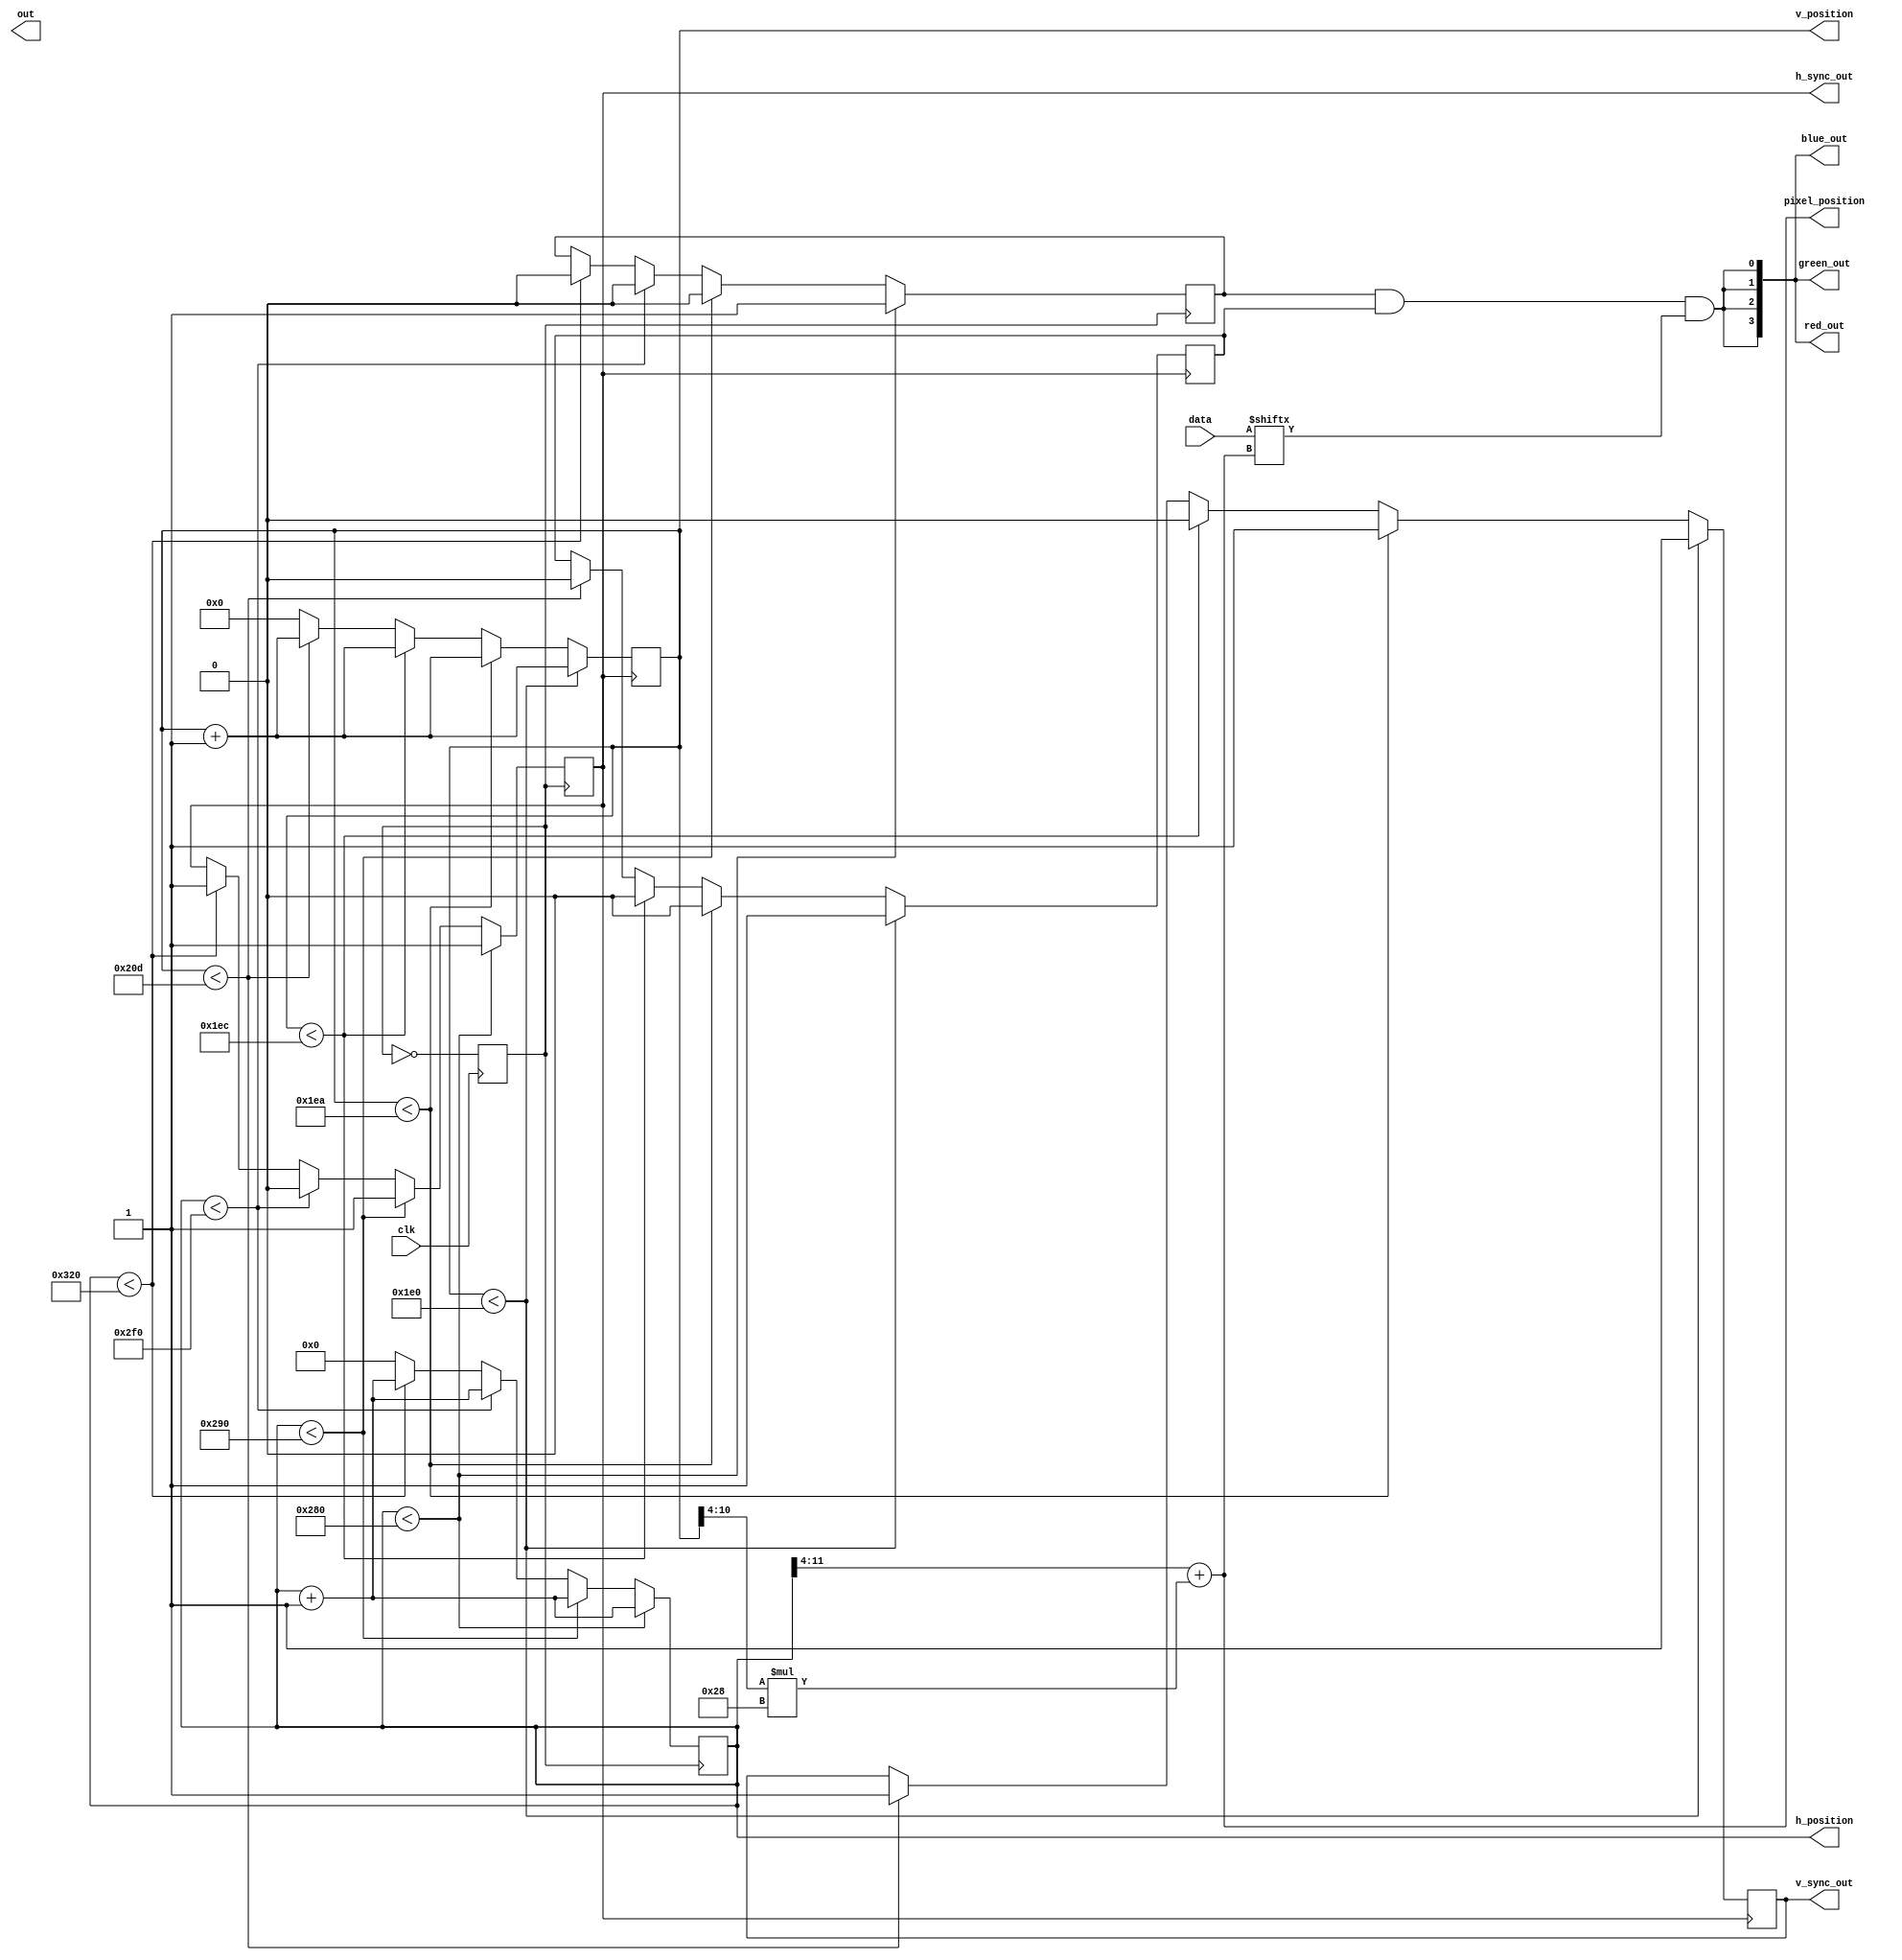
module VGA(clk, data, red_out, green_out, blue_out, h_sync_out, v_sync_out, h_position, v_position, pixel_position, out);

    input clk;
    input [1199:0] data;
    output [3:0] red_out, green_out, blue_out;
    output reg h_sync_out, v_sync_out, out;

    // Sync signals looks like this
    //
    // ------\   /--------------------------------------\   /-----------------
    // H_SYNC|   |                                      |   |
    //       \---/                                      \---/
    //                  /----------------------\                    /---------
    // Data             |                      |                    |
    // -----------------+----------------------+--------------------+---------
    //       |===|======|======================|========|===|=======|=========
    //       Sync  Back |   Display Interval     Front  Sync  Back  |Display
    //             porch|                        porch        porch |Interval
    //==================|===========================================|=========
    //Prev. Line                  Current Line                       Next Line

    // Timing for horizontal sync in 50MHz cycles
    //parameter H_DISPLAY_INTERVAL = 1270; // 25.4us
    //parameter H_FRONT_PORCH = 30; // 0.6us
    //parameter H_SYNC = 190; // 2.8us
    //parameter H_BACK_PORCH = 95; // 1.9us

    parameter H_DISPLAY_INTERVAL = 640; // 25.4us
    parameter H_FRONT_PORCH = 16; // 0.6us
    parameter H_SYNC = 96; // 2.8us
    parameter H_BACK_PORCH = 48; // 1.9us

    // Timing for vertical sync in lines
    parameter V_DISPLAY_INTERVAL = 480;
    parameter V_FRONT_PORCH = 10;
    parameter V_SYNC = 2;
    parameter V_BACK_PORCH = 33;

    reg pixel_clock;
    output reg [11:0] h_position;
    output reg [10:0] v_position;

    reg h_pixel_enable;
    reg v_pixel_enable;

    // Max at 1200
    output [10:0] pixel_position;

    assign pixel_position = (h_position >> 4) + ((v_position >> 4) * 40);

    initial begin
        //red_out <= 4'b0000;
        //green_out <= 4'b0000;
        //blue_out <= 4'b0000;
        h_sync_out <= 1'b1;
        v_sync_out <= 1'b1;
        pixel_clock <= 1'b0;
        h_position <= 11'd0;
        v_position <= 10'd0;
        h_pixel_enable <= 1'b0;
        v_pixel_enable <= 1'b0;
    end

    // 25MHz Pixel clock
    always @(posedge clk) begin
        pixel_clock <= ~pixel_clock;
    end

    // Horizontal sync
    always @(posedge pixel_clock) begin
        if (h_position < H_DISPLAY_INTERVAL) begin
            h_sync_out <= 1'b1;
            h_pixel_enable <= 1'b1;
            h_position <= h_position + 1'b1;
        end else if (h_position < H_DISPLAY_INTERVAL + H_FRONT_PORCH) begin
            h_sync_out <= 1'b1;
            h_pixel_enable <= 1'b0;
            h_position <= h_position + 1'b1;
        end else if (h_position < H_DISPLAY_INTERVAL + H_FRONT_PORCH + H_SYNC) begin
            h_sync_out <= 1'b0;
            h_pixel_enable <= 1'b0;
            h_position <= h_position + 1'b1;
        end else if (h_position < H_DISPLAY_INTERVAL + H_FRONT_PORCH + H_SYNC + H_BACK_PORCH) begin
            h_sync_out <= 1'b1;
            h_pixel_enable <= 1'b0;
            h_position <= h_position + 1'b1;
        end else begin
            h_position <= 1'b0;
        end
    end

    // Vertical sync
    always @(posedge h_sync_out) begin
        if (v_position < V_DISPLAY_INTERVAL) begin
            v_sync_out <= 1'b1;
            v_pixel_enable <= 1'b1;
            v_position <= v_position + 1'b1;
        end else if (v_position < V_DISPLAY_INTERVAL + V_FRONT_PORCH) begin
            v_sync_out <= 1'b1;
            v_pixel_enable <= 1'b0;
            v_position <= v_position + 1'b1;
        end else if (v_position < V_DISPLAY_INTERVAL + V_FRONT_PORCH + V_SYNC) begin
            v_sync_out <= 1'b0;
            v_pixel_enable <= 1'b0;
            v_position <= v_position + 1'b1;
        end else if (v_position < V_DISPLAY_INTERVAL + V_FRONT_PORCH + V_SYNC + V_BACK_PORCH) begin
            v_sync_out <= 1'b1;
            v_pixel_enable <= 1'b0;
            v_position <= v_position + 1'b1;
        end else begin
            v_position <= 1'b0;
        end
    end

    // Pixel color outputs
    assign red_out[3] = h_pixel_enable & v_pixel_enable & data[pixel_position];
    assign red_out[2] = h_pixel_enable & v_pixel_enable & data[pixel_position];
    assign red_out[1] = h_pixel_enable & v_pixel_enable & data[pixel_position];
    assign red_out[0] = h_pixel_enable & v_pixel_enable & data[pixel_position];
    assign green_out[3] = h_pixel_enable & v_pixel_enable & data[pixel_position];
    assign green_out[2] = h_pixel_enable & v_pixel_enable & data[pixel_position];
    assign green_out[1] = h_pixel_enable & v_pixel_enable & data[pixel_position];
    assign green_out[0] = h_pixel_enable & v_pixel_enable & data[pixel_position];
    assign blue_out[3] = h_pixel_enable & v_pixel_enable & data[pixel_position];
    assign blue_out[2] = h_pixel_enable & v_pixel_enable & data[pixel_position];
    assign blue_out[1] = h_pixel_enable & v_pixel_enable & data[pixel_position];
    assign blue_out[0] = h_pixel_enable & v_pixel_enable & data[pixel_position];

endmodule